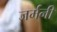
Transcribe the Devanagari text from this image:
जर्मनी